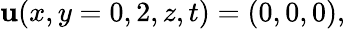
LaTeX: {\mathbf u}(x,y=0,2,z,t)=(0,0,0),